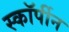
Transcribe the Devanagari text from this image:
स्कॉर्पीन